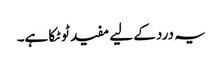
یہ درد کے لیے مفید ٹوٹکا ہے۔